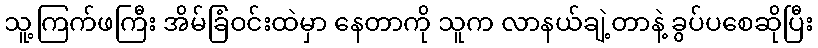
သူ့ကြက်ဖကြီး အိမ်ခြံဝင်းထဲမှာ နေတာကို သူက လာနယ်ချဲ့တာနဲ့ ခွပ်ပစေဆိုပြီး